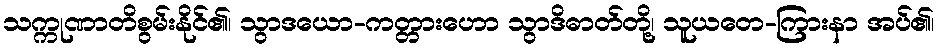
သက္ကုဏာတိစွမ်းနိုင်၏၊ သွာဒယော-ကတ္တားဟော သွာဒိဓာတ်တို့၊ သူယတေ-ကြားနာ အပ်၏၊